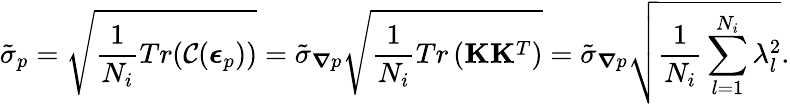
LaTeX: \tilde{\sigma}_{p}=\sqrt{\frac{1}{N_{i}}Tr(\mathcal{C}(\boldsymbol{\epsilon}_{p}))}=\tilde{\sigma}_{\boldsymbol{\nabla}p}\sqrt{\frac{1}{N_{i}}Tr\left(\mathbf{K}\mathbf{K}^{T}\right)}=\tilde{\sigma}_{\boldsymbol{\nabla}p}\sqrt{\frac{1}{N_{i}}\sum_{l=1}^{N_{i}}\lambda_{l}^{2}}.